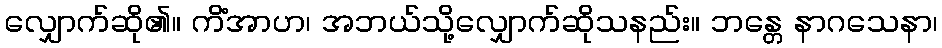
လျှောက်ဆို၏။ ကိံအာဟ၊ အဘယ်သို့လျှောက်ဆိုသနည်း။ ဘန္တေ နာဂသေနာ၊